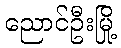
ညောင်ဦးမြို့